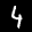
Label: 4